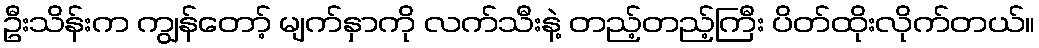
ဦးသိန်းက ကျွန်တော့် မျက်နှာကို လက်သီးနဲ့ တည့်တည့်ကြီး ပိတ်ထိုးလိုက်တယ်။